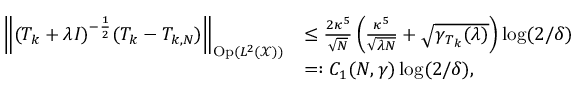
\begin{array} { r l } { \left\lVert ( T _ { k } + \lambda I ) ^ { - \frac 1 2 } ( T _ { k } - T _ { k , N } ) \right\rVert _ { \mathrm { O p } ( L ^ { 2 } ( \mathcal { X } ) ) } } & { \le \frac { 2 \kappa ^ { 5 } } { \sqrt { N } } \left( \frac { \kappa ^ { 5 } } { \sqrt { \lambda N } } + \sqrt { \gamma _ { T _ { k } } ( \lambda ) } \right) \log ( 2 / \delta ) } \\ & { = : C _ { 1 } ( N , \gamma ) \log ( 2 / \delta ) , } \end{array}